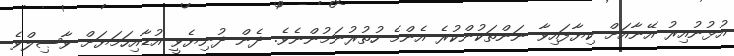
އުޅުނުއިރު އޭނާއަށް ކިޔާފައިވާ ނަންތަކުންކުރެ އެންމެ ހުތުރުނަމުންނެވެ. ދެން ދުނިޔެވީ އުޑާއިހަމަޔަށް ވާޞިލްވެ